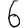
Digit: 6